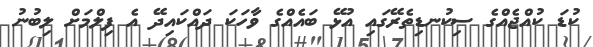
ކުޑަ ކުއްޖެއްގެ ސިކުނޑިތެރޭގައި އުޅޭ ބައެއްގެ ވާހަކަ ދައްކައިދޭ އެ ފިލްމަށް ލިބުނު